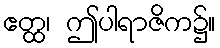
ဧတ္ထ၊ ဤပါရာဇိက၌။